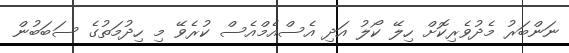
ނަންބަރު މެދުވެރިކޮށް ހިލޭ ކޯލު އަދި އެސްއެމްއެސް ކުރެވޭ މި ހިދުމަތުގެ ސަބަބުން